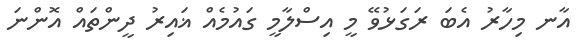
އާނ މިހާރު އެބަ ރަގަޅުވޭ މީ އިސްލާމީ ގައުމެއް ޣައިރު ދީންތައް އޮންނަ